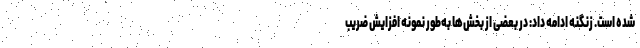
شده است. زنگنه ادامه داد: در بعضی از بخش‌ها به‌طور نمونه افزایش ضریب